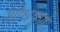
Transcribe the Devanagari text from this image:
शोधपूर्णं